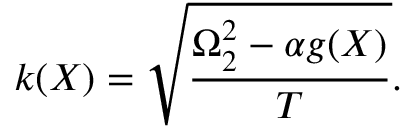
k ( X ) = \sqrt { \frac { \Omega _ { 2 } ^ { 2 } - \alpha g ( X ) } { T } } .